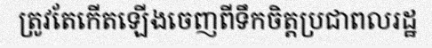
ត្រូវតែកើតឡើងចេញពីទឹកចិត្តប្រជាពលរដ្ឋ